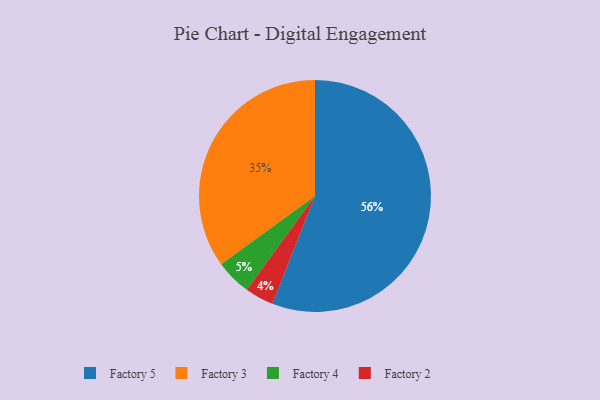
{"axis": {"x": "Category", "y": "Percentage"}, "legend": ["Factory 2", "Factory 3", "Factory 4", "Factory 5"], "data": [{"x": "Factory 2", "y": 4, "type": "Factory 2"}, {"x": "Factory 5", "y": 56, "type": "Factory 5"}, {"x": "Factory 3", "y": 35, "type": "Factory 3"}, {"x": "Factory 4", "y": 5, "type": "Factory 4"}]}